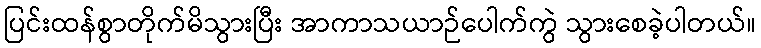
ပြင်းထန်စွာတိုက်မိသွားပြီး အာကာသယာဉ်ပေါက်ကွဲ သွားစေခဲ့ပါတယ်။